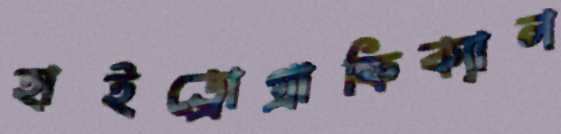
হাইড্রোগ্রাফিক্যাল